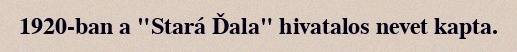
1920-ban a "Stará Ďala" hivatalos nevet kapta.